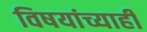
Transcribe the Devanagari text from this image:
विषयांच्याही